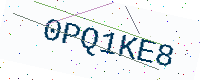
Text: 0PQ1KE8